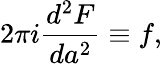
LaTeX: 2\pi i\frac{d^{2}F}{da^{2}}\equiv f,